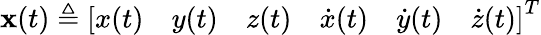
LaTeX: \begin{array}{r}{\mathbf{x}(t)\triangleq\left[\begin{array}{llllll}{x(t)}&{y(t)}&{z(t)}&{\dot{x}(t)}&{\dot{y}(t)}&{\dot{z}(t)}\end{array}\right]^{T}}\end{array}